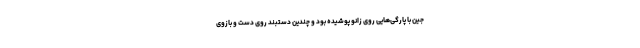
جین با پارگی‌هایی روی زانو پوشیده بود و چندین دستبند روی دست و بازوی